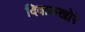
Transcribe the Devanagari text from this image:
दिवाळखोरे